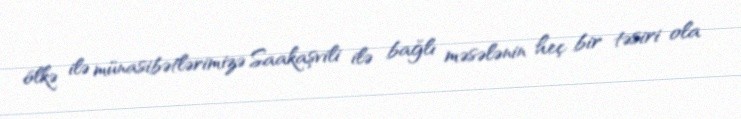
ölkə ilə münasibətlərimizə Saakaşvili ilə bağlı məsələnin heç bir təsiri ola